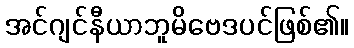
အင်ဂျင်နီယာဘူမိဗေဒပင်ဖြစ်၏။